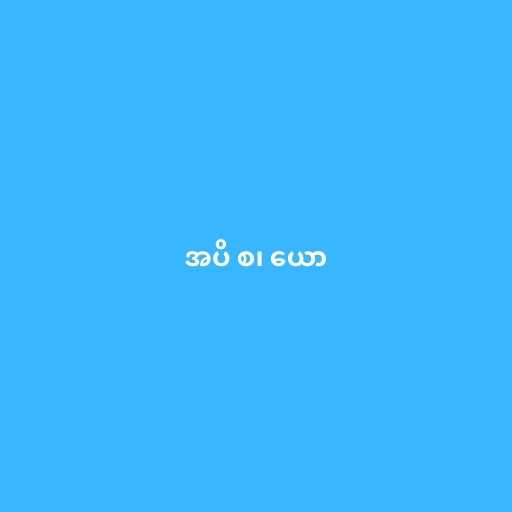
အပိ စ၊ ယော